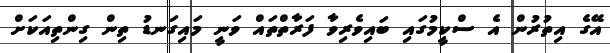
އޭގެ އިތުރުން އެ ސްކީމުގައި ބައިވެރިވާ ފަރާތްތައް ވަނީ މައިގަނޑު ތިން ގިންތިއަކަށް